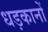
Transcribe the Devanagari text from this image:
धड़कानों